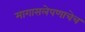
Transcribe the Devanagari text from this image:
मागासलेपणाचेच